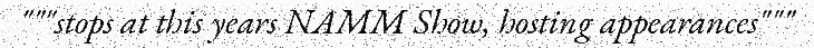
"""stops at this years NAMM Show, hosting appearances"""